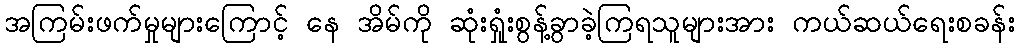
အကြမ်းဖက်မှုများကြောင့် နေ အိမ်ကို ဆုံးရှုံးစွန့်ခွာခဲ့ကြရသူများအား ကယ်ဆယ်ရေးစခန်း